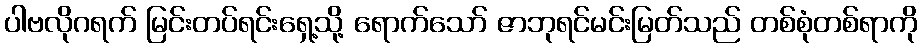
ပါဗလိုဂရက် မြင်းတပ်ရင်းရှေ့သို့ ရောက်သော် ဇာဘုရင်မင်းမြတ်သည် တစ်စုံတစ်ရာကို